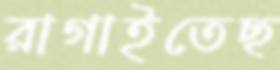
রাগাইতেছ